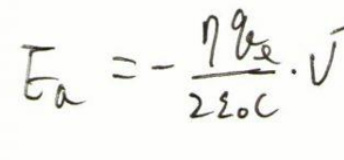
\[
\xi_{a}=-\frac{\eta q_{\alpha}}{2 \varepsilon_{0} c} \cdot \vec{V}
\]